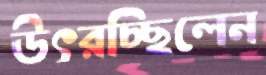
উৎরচ্ছিলেন